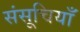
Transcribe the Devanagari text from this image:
संसूचियाँ